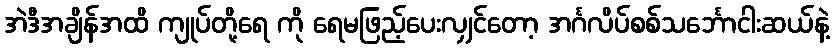
အဲဒီအချိန်အထိ ကျုပ်တို့ရေ ကို ရေမဖြည့်ပေးလျှင်တော့ အင်္ဂလိပ်စစ်သင်္ဘောငါးဆယ်နဲ့